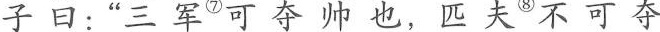
子曰:“三军^{⑦}可夺帅也，匹夫^{⑧}不可夺